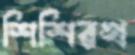
শিশিরখ